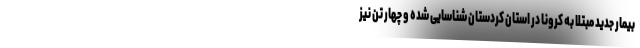
بیمار جدید مبتلا به کرونا در استان کردستان شناسایی شده و چهار تن نیز